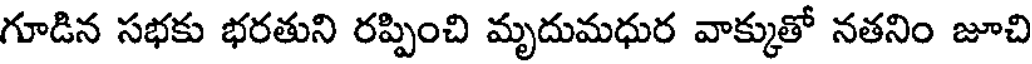
గూడిన సభకు భరతుని రప్పించి మృదుమధుర వాక్కుతో నతనిం జూచి